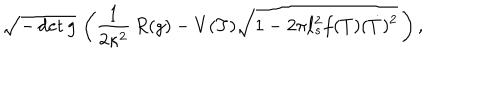
LaTeX: \sqrt { - \det g } \, \left( { \frac { 1 } { 2 \kappa ^ { 2 } } } \, R ( g ) - V ( T ) \sqrt { 1 - 2 \pi \ell _ { s } ^ { 2 } f ( T ) ( \dot { T } ) ^ { 2 } } \, \right) ,